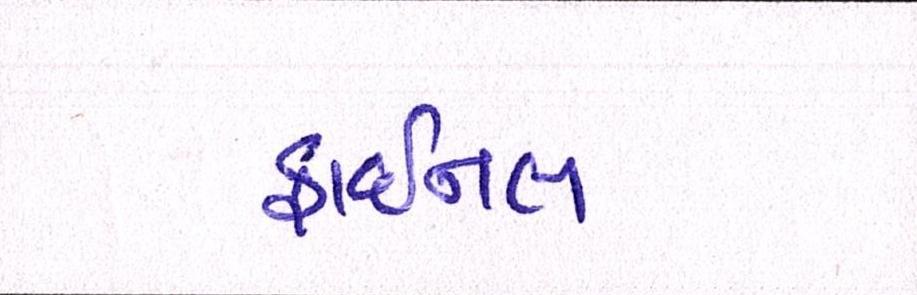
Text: ફાઈનલ